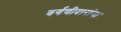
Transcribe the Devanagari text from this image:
वर्गणीदारांना